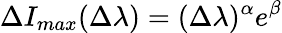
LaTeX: \Delta I_{max}(\Delta\lambda)=(\Delta\lambda)^{\alpha}e^{\beta}